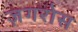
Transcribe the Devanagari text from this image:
ज़गरोस